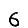
Digit: 6